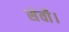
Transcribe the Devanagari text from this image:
सेवाै।